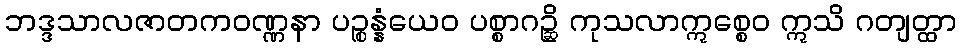
ဘဒ္ဒသာလဇာတကဝဏ္ဏနာ ပဉ္စန္နံယေဝ ပစ္စာဂဉ္ဆိ ကုသလာဣစ္စေဝ ဣသိ ဂတျတ္ထာ